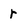
Character: r